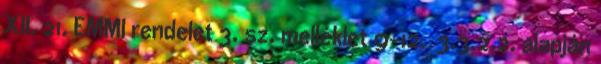
XII. 21. EMMI rendelet 3. sz. melléklet 9-12. 3.3.2.2. alapján